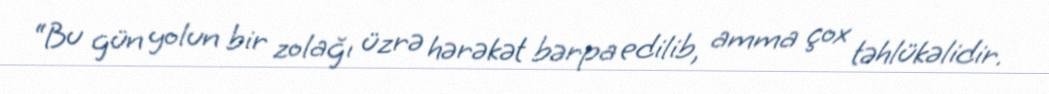
“Bu gün yolun bir zolağı üzrə hərəkət bərpa edilib, amma çox təhlükəlidir.